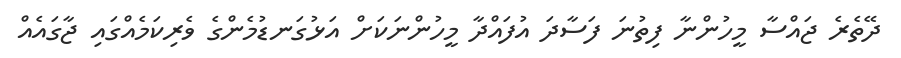
ދޭތެރެ ޖައްސާ މީހުންނާ ފިތުނަ ފަސާދަ އުފައްދާ މީހުންނަކަށް އަޅުގަނޑުމެންގެ ވެރިކަމެއްގައި ޖާގައެއް